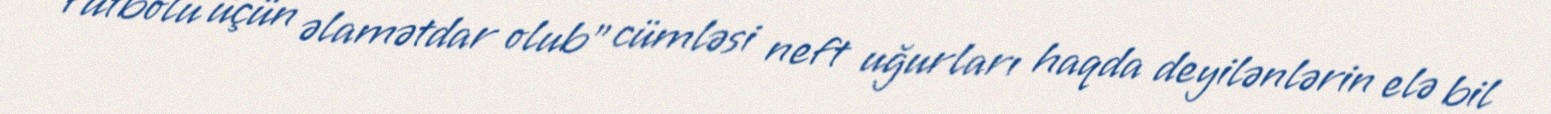
futbolu üçün əlamətdar olub” cümləsi neft uğurları haqda deyilənlərin elə bil